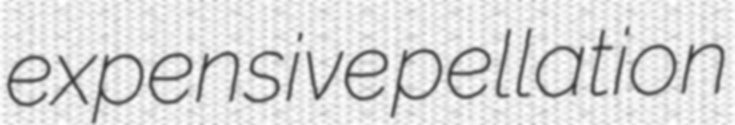
expensive pellation